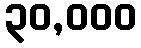
၃၀,၀၀၀